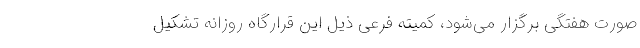
صورت هفتگی برگزار می‌شود، کمیته فرعی ذیل این قرارگاه روزانه تشکیل